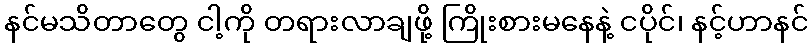
နင်မသိတာတွေ ငါ့ကို တရားလာချဖို့ ကြိုးစားမနေနဲ့ ငပိုင်၊ နင့်ဟာနင်